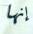
إنها